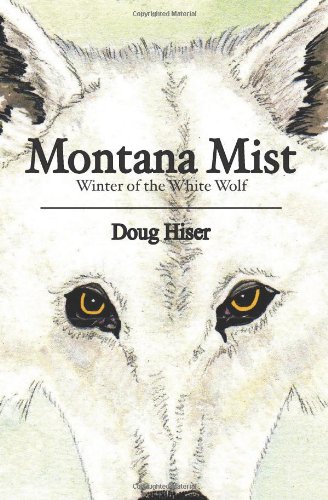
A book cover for Montana Mist: Winter of the White Wolf; Doug Hiser; Travel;